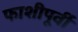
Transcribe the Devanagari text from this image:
फाशीपूर्वी